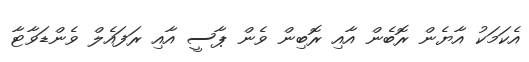
އެކަމަކު އާޔެން ރޮބެން އާއި ރޮބިން ވެން ޕާސީ އާއި ރަފައެލް ވެންޑަވާޓާ